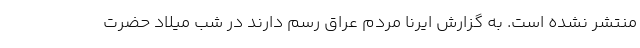
منتشر نشده است. به گزارش ایرنا مردم عراق رسم دارند در شب میلاد حضرت